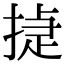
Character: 㨗